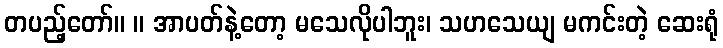
တပည့်တော်။ ။ အာပတ်နဲ့တော့ မသေလိုပါဘူး၊ သဟသေယျ မကင်းတဲ့ ဆေးရုံ